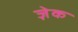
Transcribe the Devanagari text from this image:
ज़ेक